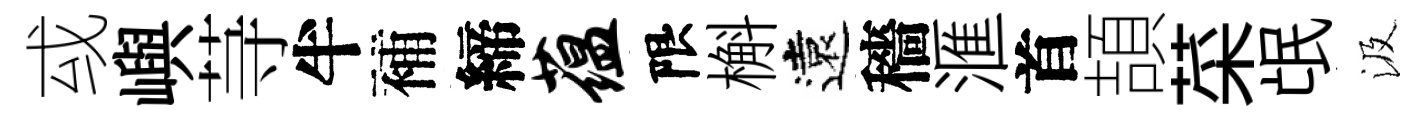
㦯嶼䒭半補締蕴限槲遠穡滙首頡菜氓汲